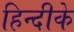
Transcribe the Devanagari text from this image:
हिन्दीके